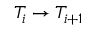
T _ { i } \rightarrow T _ { i + 1 }